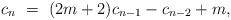
LaTeX: \begin{align*} c_{n} \ = \ (2m+2) c_{n-1}- c_{n-2}+m,\end{align*}